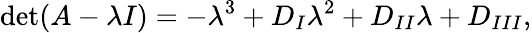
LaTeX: \mathrm{det}(A-\lambda I)=-\lambda^{3}+D_{I}\lambda^{2}+D_{II}\lambda+D_{III},